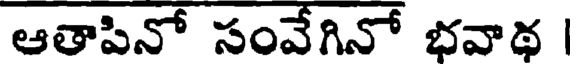
ఆతాపినో సంవేగినో భవాథ